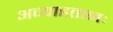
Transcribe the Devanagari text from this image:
अव्याहताज्ञः